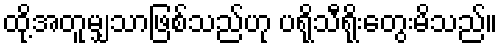
ထို့အတူမျှသာဖြစ်သည်ဟု ပရိုသီရိုးတွေးမိသည်။